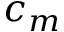
c _ { m }